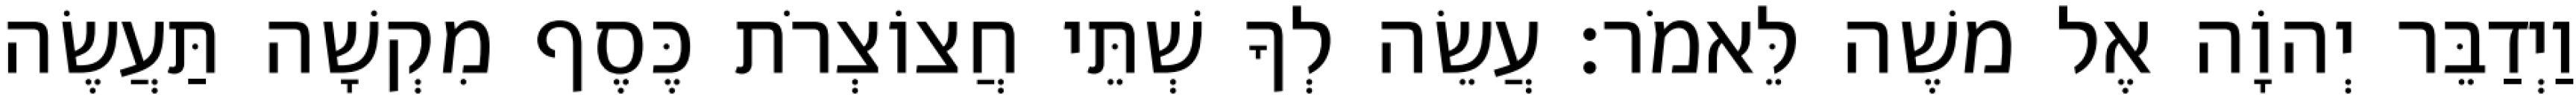
וַיְדַבֵּר יְהוָֹה אֶל משֶׁה לֵּאמֹר׃ עֲשֵׂה לְךָ שְׁתֵּי חֲצוֹצְרֹת כֶּסֶף מִקְשָׁה תַּעֲשֶׂה